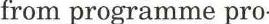
from programme pro